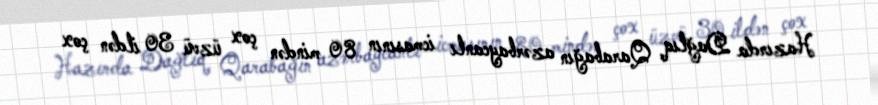
Hazırda Dağlıq Qarabağın azərbaycanlı icmasının 80 mindən çox üzvü 30 ildən çox